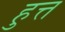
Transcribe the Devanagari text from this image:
हुत्त